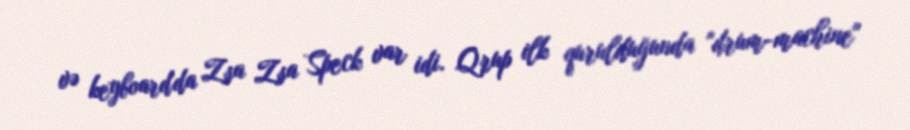
və keyboard'da Zsa Zsa Speck var idi. Qrup ilk qurulduğunda "drum-machine"